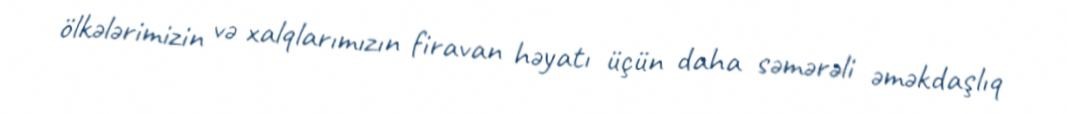
ölkələrimizin və xalqlarımızın firavan həyatı üçün daha səmərəli əməkdaşlıq